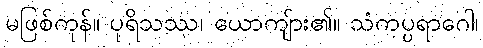
မဖြစ်ကုန်။ ပုရိသဿ၊ ယောကျ်ား၏။ သံကပ္ပရာဂေါ၊